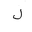
Letter: _lam